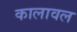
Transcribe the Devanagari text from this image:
कालावल